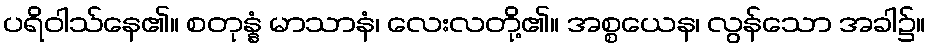
ပရိဝါသ်နေ၏။ စတုန္နံ မာသာနံ၊ လေးလတို့၏။ အစ္စယေန၊ လွန်သော အခါ၌။